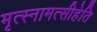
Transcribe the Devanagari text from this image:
मृत्स्नामत्सीहेति